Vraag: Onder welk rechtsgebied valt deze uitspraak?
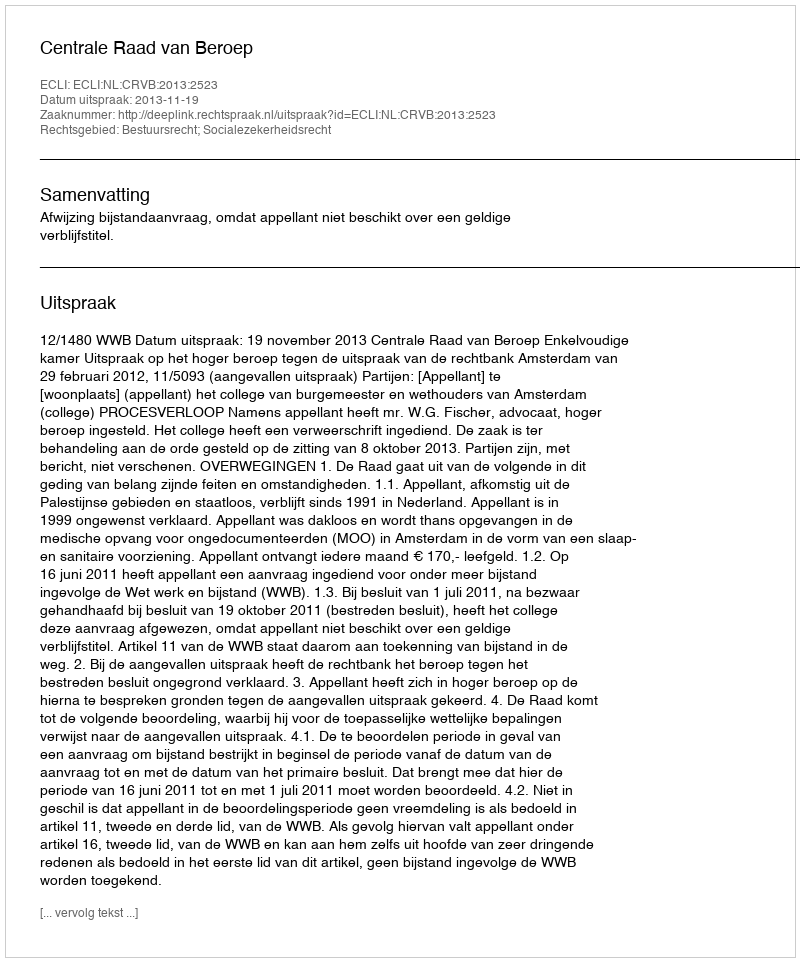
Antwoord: Bestuursrecht; Socialezekerheidsrecht